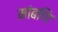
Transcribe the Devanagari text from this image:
मांबणि